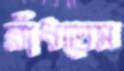
রাঁধতেম